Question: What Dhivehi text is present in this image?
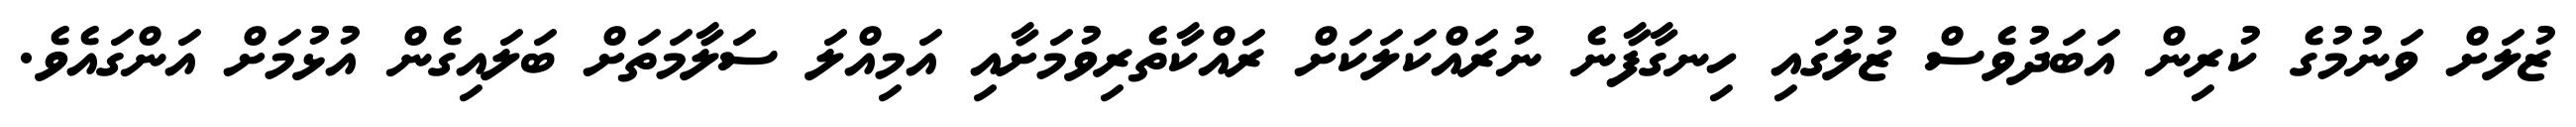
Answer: ޒުލަށް ވަނުމުގެ ކުރިން އަބަދުވެސް ޒުލުގައި ހިނގާފާނެ ނުރައްކަލަކަށް ރައްކާތެރިވުމަށާއި އަމިއްލަ ސަލާމަތަށް ބަލައިގެން އުޅުމަށް އަންގައެވެ.